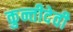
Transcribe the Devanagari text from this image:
कुन्तीदेवी